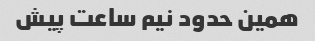
همین حدود نیم ساعت پیش